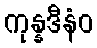
ကုန္နဒီနံဝ